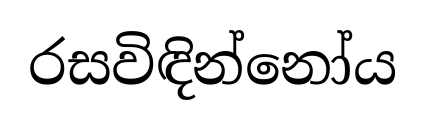
රසවිඳින්නෝය